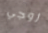
زوجي